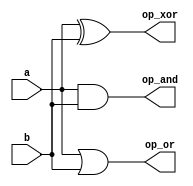
module taskk(
    op_and,op_or,op_xor,a,b
);

parameter delay =10;
input a,b;
output op_and,op_or,op_xor;
reg op_and,op_or,op_xor;

always @(a or b) begin
    bitwise_op(op_and,op_or,op_xor,a,b);
end

task bitwise_op;
    output Op_and,Op_or,Op_xor;
    input A,B;
    begin
        Op_and = A & B;
        Op_or = A | B;
        Op_xor = A ^ B;
    end
endtask

endmodule